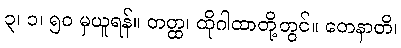
၃၊ ၁၊ ၅၀ မှယူရန်။ တတ္ထ၊ ထိုဂါထာတို့တွင်။ တေနာတိ၊